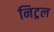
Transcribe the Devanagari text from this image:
निट्रल